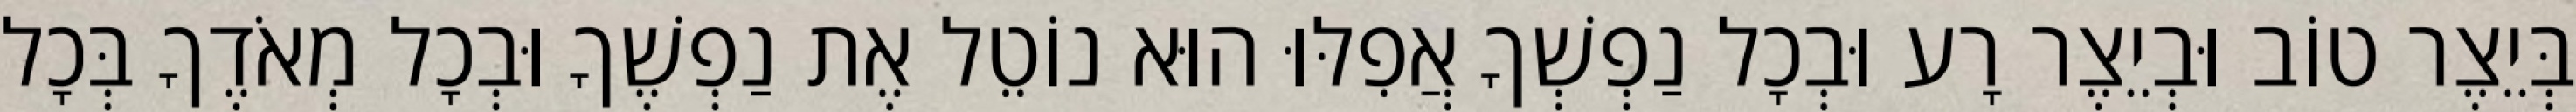
בְּיֵצֶר טוֹב וּבְיֵצֶר רָע וּבְכָל נַפְשְׁךָ אֲפִלּוּ הוּא נוֹטֵל אֶת נַפְשֶׁךָ וּבְכָל מְאֹדֶךָ בְּכָל